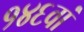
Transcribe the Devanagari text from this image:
१४६वां